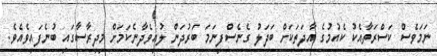
ނަމަވެސް ކަސްރަތާއެކު ކެއުމުގެ އާދަތަކަށް ބަދަލު ގެނެސްފިނަމަ ބަރުދަން ލުއިވެދާނެކަމަށް މިދިރާސާގައި ބުނެފައިވެއެވެ.